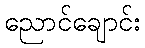
ညောင်ချောင်း